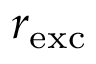
r _ { \mathrm { e x c } }